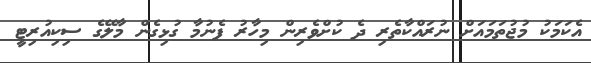
އެކަމަކު މުޖުތަމައަށް ނުރައްކާތެރި ދެ ކުށްވެރިން މިހާރު ފެނުމާ ގުޅިގެން މާލޭގެ ސިކިއުރިޓީ